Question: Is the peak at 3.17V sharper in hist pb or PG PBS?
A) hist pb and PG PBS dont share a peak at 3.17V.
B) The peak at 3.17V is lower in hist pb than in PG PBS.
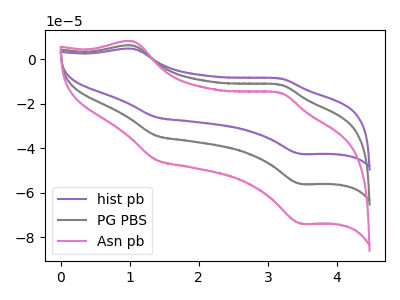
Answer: <think>The purple curve "hist pb" has anodic peaks at (1.05V, 12.10uA) (3.15V, -23.00uA) and cathodic peaks at (1.40V, -68.65uA) (3.50V, -112.20uA). The gray curve "PG PBS" has anodic peaks at (1.05V, 6.05uA) (3.15V, -11.50uA) and cathodic peaks at (1.40V, -34.30uA) (3.50V, -56.10uA). The pink curve "Asn pb" has anodic peaks at (1.05V, 7.95uA) (3.15V, -15.15uA) and cathodic peaks at (1.40V, -45.20uA) (3.50V, -73.90uA).</think>
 <answer>B) The peak at 3.17V is lower in "hist pb" than in "PG PBS".</answer>
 <eval>B</eval>